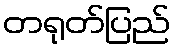
တရုတ်ပြည်